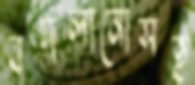
বদলানোসহ